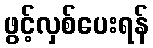
ဖွင့်လှစ်ပေးရန်